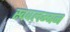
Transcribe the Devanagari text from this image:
स्ववलम्बन